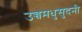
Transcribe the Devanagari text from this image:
उच्चमधुसुदनी